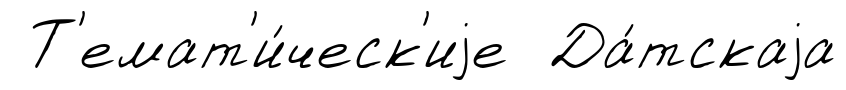
Т'емат'и́ческ'иjе Да́тскаjа